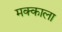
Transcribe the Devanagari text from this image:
मक्काला